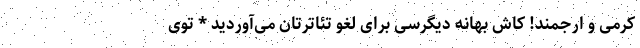
کرمی و ارجمند! کاش بهانه دیگرسی برای لغو تئاترتان می‌آوردید * توی